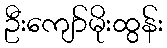
ဦးကျော်မိုးထွန်း